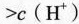
> c ( H ^ { + } )$$